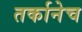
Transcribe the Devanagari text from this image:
तर्कानेच